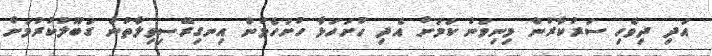
އަދި ދިވެހި ސަރުކާރުން މިނިވަން ކަމަށް އެދި ހުށަހަޅާ ހުށަހެޅުން އިނގިރޭސިވިލާތުން ގަބޫލުކުރުމަށް